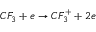
C F _ { 3 } + e \rightarrow C F _ { 3 } ^ { + } + 2 e